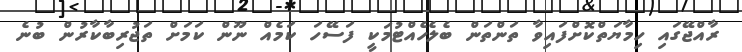
ރާއްޖޭގައި ހިމާޔަތްކޮށްފައިވާ ތަންތަން ބެލެހެއްޓުމަކީ ފަސޭހަ ކަމެއް ނޫން ކަމަށް ތަޖުރިބާކާރުން ބުނެ